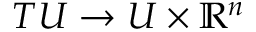
T U \rightarrow U \times \mathbb { R } ^ { n }